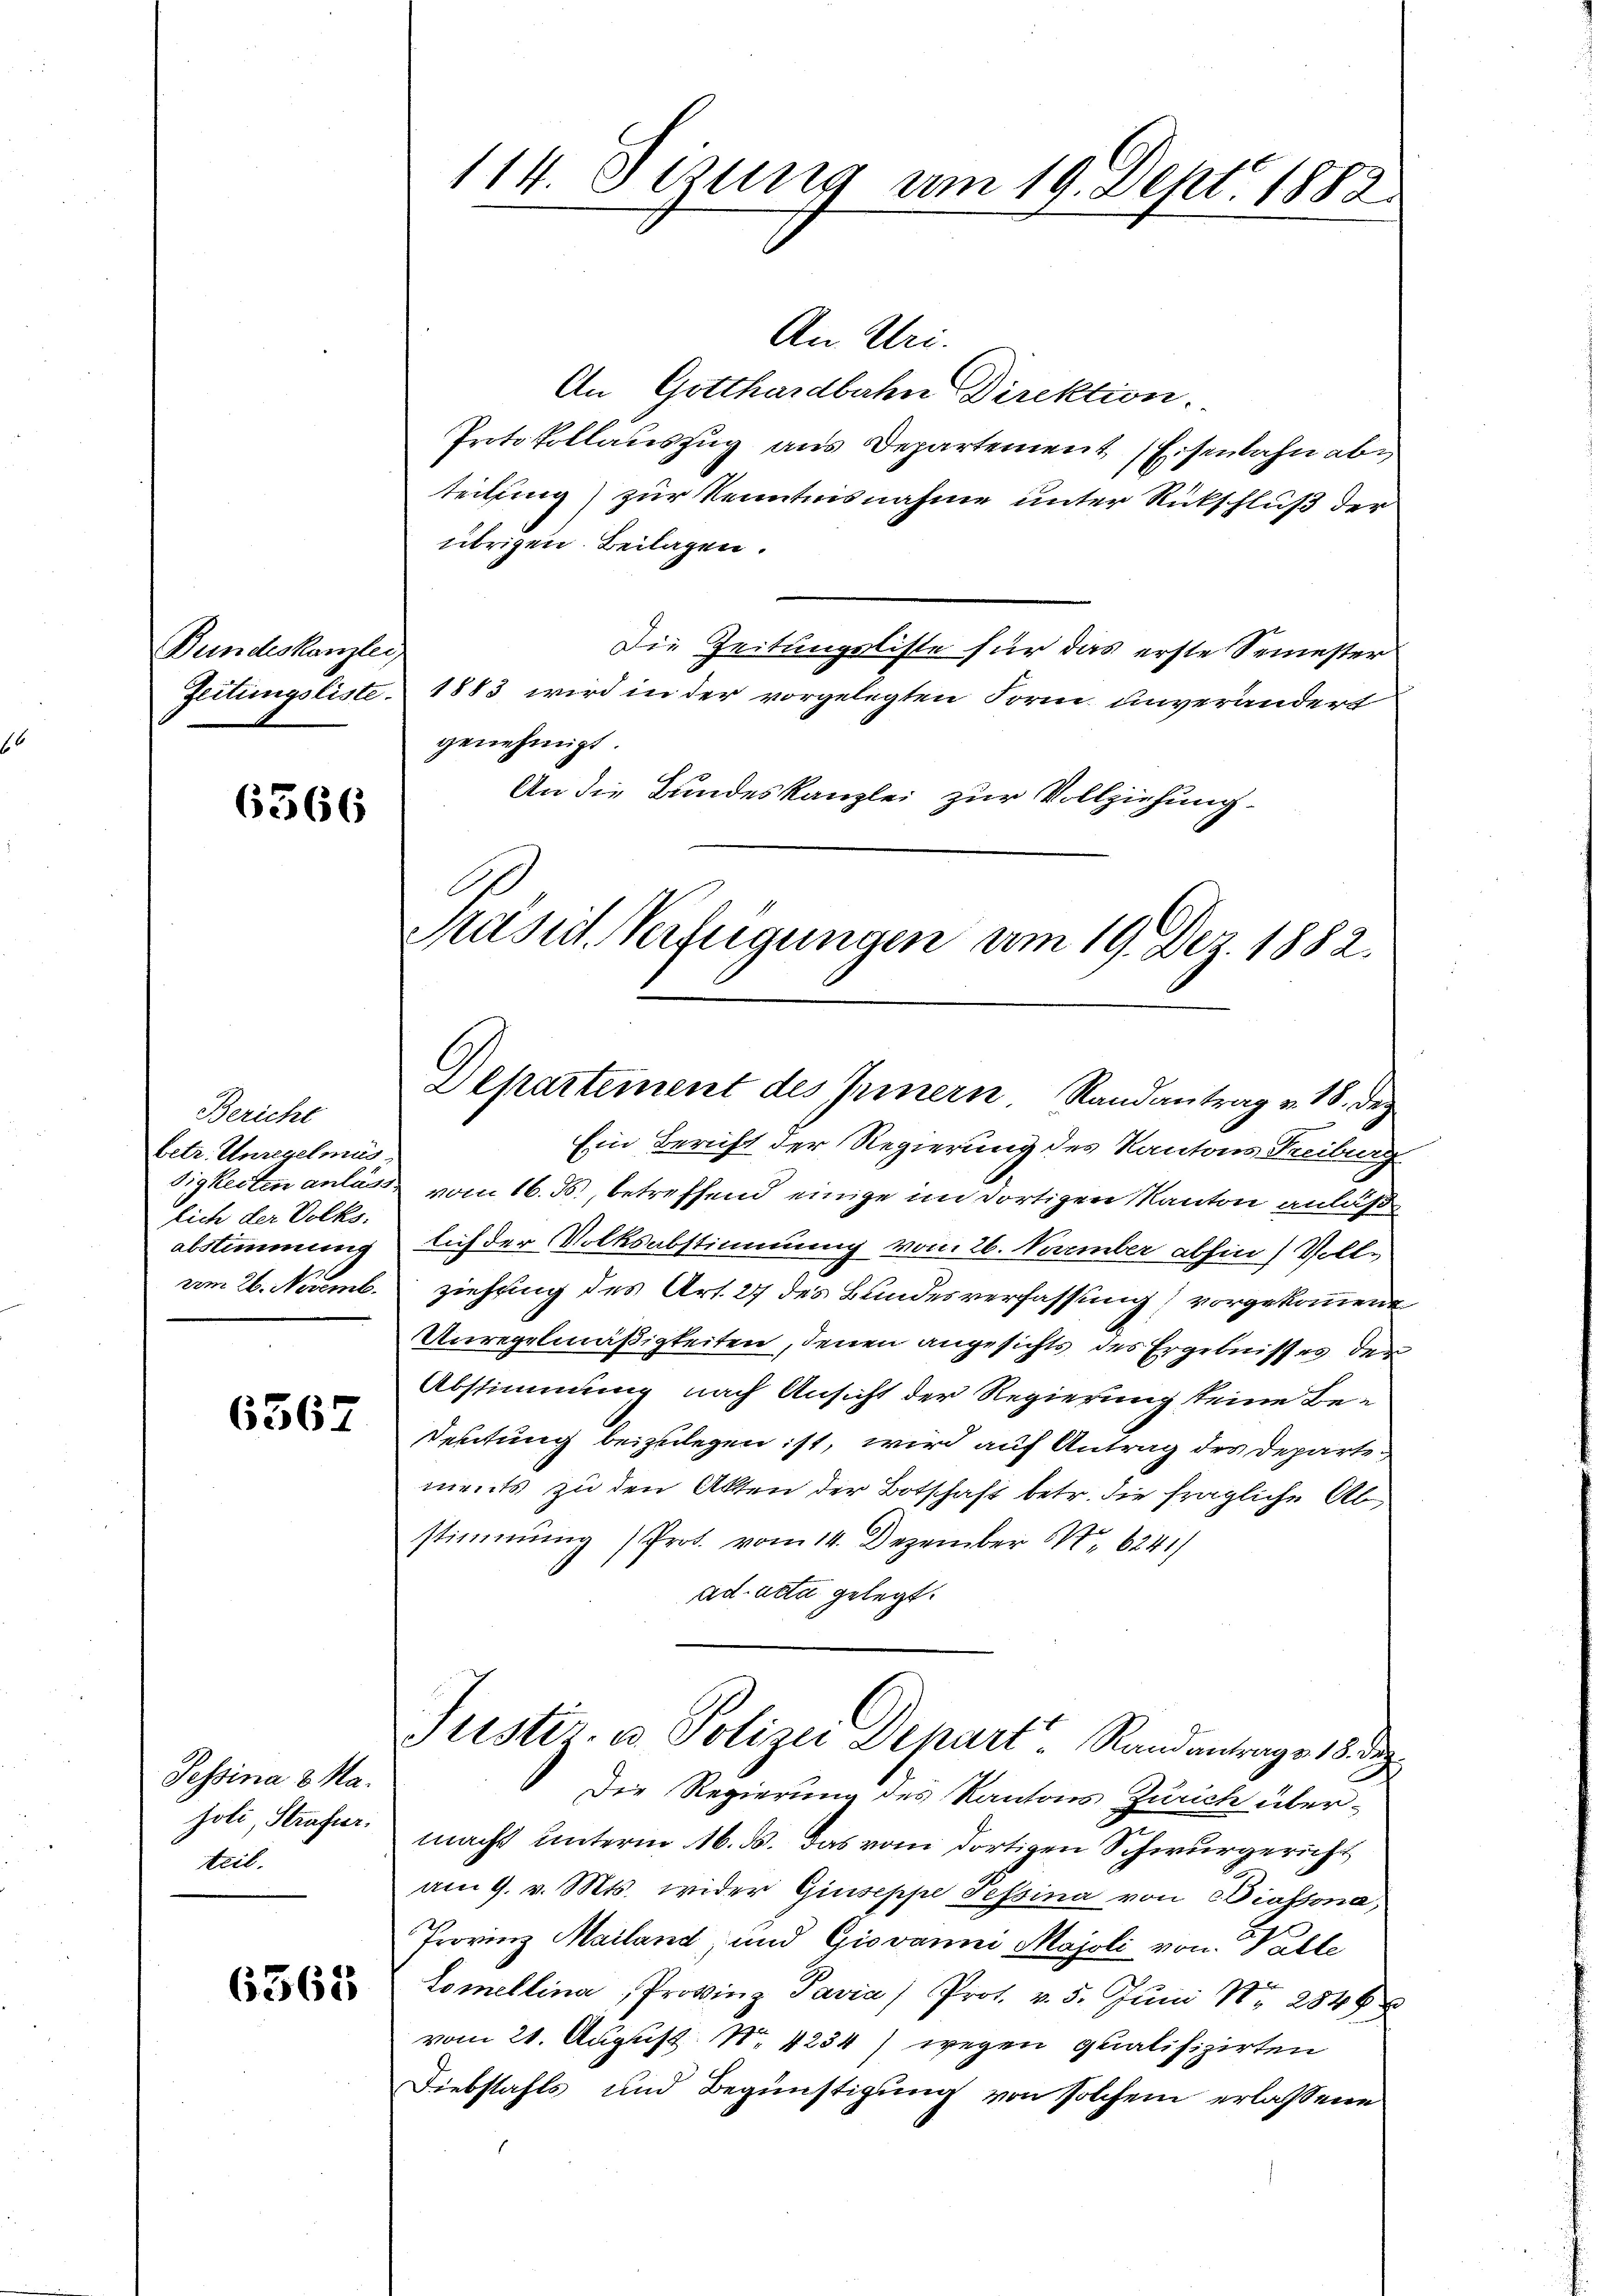
Bundeskanzlei

6366

Bericht
betr. Unregelmäs
lich der Volks-
abstimmung
vom 26. Novemb.

6567

Tessina & Na¬
Joli, Strafer.
teil.

6568

114. Sizung am 19. Sept. 1882.

An Uri.
An Gotthardbahn Direktion.
Protokollauszug aus Departement (Eisenbahn abe
teilung) zur Kenntnisnahme unter Rückschluß der
übrigen Beilagen.
Die Zeitungsliste für das erste Semester
Zeitungsliste 1883 wird in der vorgelegten Form unverändert
genehmigt.
An die Bundeskanzlei zur Vollziehung.
Ein Bericht der Regierung des Kantons Treiburg
sigkeiten anlasse vom 16. ds., betreffend einige im dortigen Kanton anläßlich der Volksabstimmung vom 26. Naember abhin) Vollziehung des Art. 27 des Bundesverfassung vorgekommene
Unregelmäßigkeiten, denen angesichts des Ergebnisses der
Abstimmung nach Ansicht der Regierung keine Be-
Deutung beizulegen ist, wird auf Antrag des Departe
ments zu den Akten der Botschaft betr. die fragliche Abstimmung (Prot. vom 14. Dezember 184. 6241)
ad acta gelegt.
Justiz- u Polizei Depart. Randantrags 18. d
Die Regierung des Kantons Zürich über-
macht unterm 16. ds. das vom dortigen Schwurgericht
am 9. v. Mts. wider Giuseppe Tessina von Diassona
Provinz Mailand, und Giovanni Majoli von Valle
tomellina, Provinz Pavia) Prot. v. 5. Juni Nr. 2848
vom 21. August. Nr. 4234) wegen qualifizirten
Diebstahls und Begünstigung von solchem erlassene

Präsid. Verfügungen am 19. Dez. 1882.

Departement des Innern. Randantrag v. 18. dez.